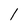
Character: I